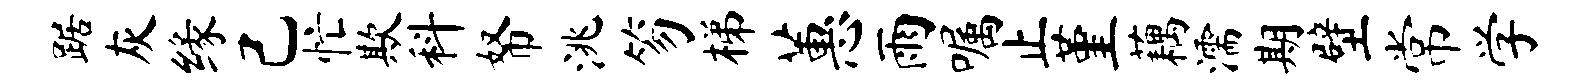
踞灰缘己忙欺科帑洮笏梯蕙雨嘱止堇藕濡期壁常学